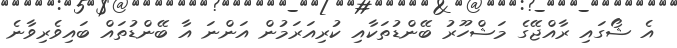
އެ ޝޯގައި ރާއްޖޭގެ މަޝްހޫރު ބޭންޑުތަކާއި ކުރިއަރަމުން އަންނަ އާ ބޭންޑުތައް ބައިވެރިވާނެ